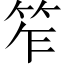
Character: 笮